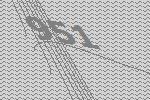
951